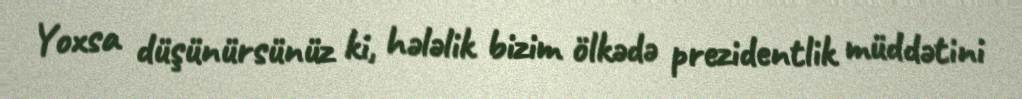
Yoxsa düşünürsünüz ki, hələlik bizim ölkədə prezidentlik müddətini